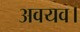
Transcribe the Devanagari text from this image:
अवयव।